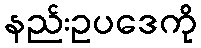
နည်းဥပဒေကို